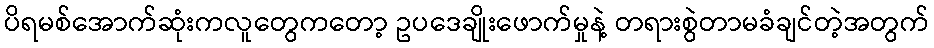
ပိရမစ်အောက်ဆုံးကလူတွေကတော့ ဥပဒေချိုးဖောက်မှုနဲ့ တရားစွဲတာမခံချင်တဲ့အတွက်